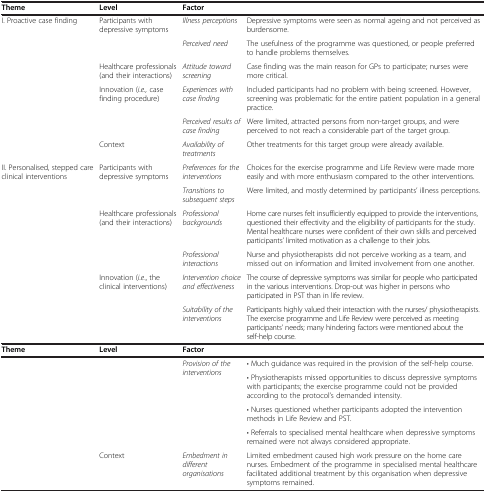
<table><thead><tr><td><b>Theme</b></td><td><b>Level</b></td><td><b>Factor</b></td><td></td></tr></thead><tbody><tr><td>I. Proactive case finding</td><td>Participants with depressive symptoms</td><td><i>Illness perceptions</i></td><td>Depressive symptoms were seen as normal ageing and not perceived as burdensome.</td></tr><tr><td></td><td></td><td><i>Perceived need</i></td><td>The usefulness of the programme was questioned, or people preferred to handle problems themselves.</td></tr><tr><td></td><td>Healthcare professionals (and their interactions)</td><td><i>Attitude toward screening</i></td><td>Case finding was the main reason for GPs to participate; nurses were more critical.</td></tr><tr><td></td><td>Innovation (<i>i.e.,</i> case finding procedure)</td><td><i>Experiences with case finding</i></td><td>Included participants had no problem with being screened. However, screening was problematic for the entire patient population in a general practice.</td></tr><tr><td></td><td></td><td><i>Perceived results of case finding</i></td><td>Were limited, attracted persons from non-target groups, and were perceived to not reach a considerable part of the target group.</td></tr><tr><td></td><td>Context</td><td><i>Availability of treatments</i></td><td>Other treatments for this target group were already available.</td></tr><tr><td>II. Personalised, stepped care clinical interventions</td><td>Participants with depressive symptoms</td><td><i>Preferences for the interventions</i></td><td>Choices for the exercise programme and Life Review were made more easily and with more enthusiasm compared to the other interventions.</td></tr><tr><td></td><td></td><td><i>Transitions to subsequent steps</i></td><td>Were limited, and mostly determined by participants’ illness perceptions.</td></tr><tr><td></td><td>Healthcare professionals (and their interactions)</td><td><i>Professional backgrounds</i></td><td>Home care nurses felt insufficiently equipped to provide the interventions, questioned their effectivity and the eligibility of participants for the study. Mental healthcare nurses were confident of their own skills and perceived participants’ limited motivation as a challenge to their jobs.</td></tr><tr><td></td><td></td><td><i>Professional interactions</i></td><td>Nurse and physiotherapists did not perceive working as a team, and missed out on information and limited involvement from one another.</td></tr><tr><td></td><td>Innovation (<i>i.e</i>., the clinical interventions)</td><td><i>Intervention choice and effectiveness</i></td><td>The course of depressive symptoms was similar for people who participated in the various interventions. Drop-out was higher in persons who participated in PST than in life review.</td></tr><tr><td></td><td></td><td><i>Suitability of the interventions</i></td><td>Participants highly valued their interaction with the nurses/ physiotherapists. The exercise programme and Life Review were perceived as meeting participants’ needs; many hindering factors were mentioned about the self-help course.</td></tr><tr><td><b>Theme</b></td><td><b>Level</b></td><td><b>Factor</b></td><td></td></tr><tr><td rowspan="4"></td><td rowspan="4"></td><td rowspan="4"><i>Provision of the interventions</i></td><td>• Much guidance was required in the provision of the self-help course.</td></tr><tr><td>• Physiotherapists missed opportunities to discuss depressive symptoms with participants; the exercise programme could not be provided according to the protocol’s demanded intensity.</td></tr><tr><td>• Nurses questioned whether participants adopted the intervention methods in Life Review and PST.</td></tr><tr><td>• Referrals to specialised mental healthcare when depressive symptoms remained were not always considered appropriate.</td></tr><tr><td></td><td>Context</td><td><i>Embedment in different organisations</i></td><td>Limited embedment caused high work pressure on the home care nurses. Embedment of the programme in specialised mental healthcare facilitated additional treatment by this organisation when depressive symptoms remained.</td></tr></tbody></table>